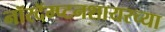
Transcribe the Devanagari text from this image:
नॉरदॅम्प्टनशायरच्या